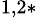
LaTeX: ^{1,2*}